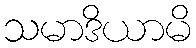
သမာဒိယာမိ